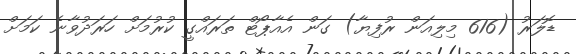
ޑޮލަރު (616 މިލިއަން ރުފިޔާ) ގަން އެއާޕޯޓް ތަރައްގީ ކުރުމަށް ހަރަދުވާނެ ކަމަށް